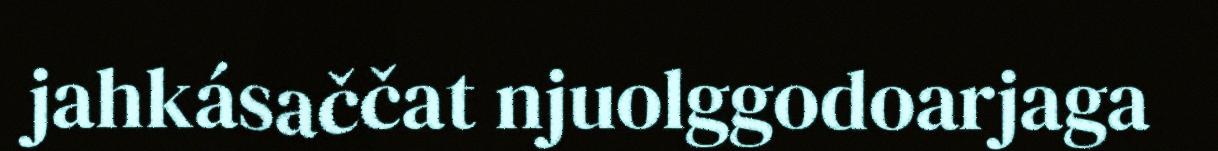
jahkásaččat njuolggodoarjaga